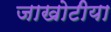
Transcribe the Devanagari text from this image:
जाखोटीया